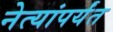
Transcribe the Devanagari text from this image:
नेत्यांपर्यंत